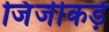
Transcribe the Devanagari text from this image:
जिंजीकड़े